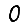
Digit: 0